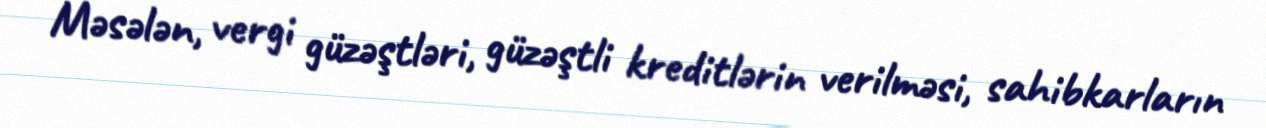
Məsələn, vergi güzəştləri, güzəştli kreditlərin verilməsi, sahibkarların